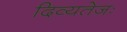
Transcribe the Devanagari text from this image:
दिव्यतेजः